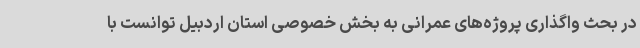
در بحث واگذاری پروژه‌های عمرانی به بخش خصوصی استان اردبیل توانست با